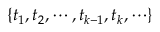
\{ t _ { 1 } , t _ { 2 } , \cdots , t _ { k - 1 } , t _ { k } , \cdots \}